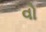
વો